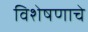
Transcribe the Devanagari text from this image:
विशेषणाचे